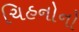
ચિહનોનો